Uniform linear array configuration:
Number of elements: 64
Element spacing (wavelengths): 0.75
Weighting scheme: exponential
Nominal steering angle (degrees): -45
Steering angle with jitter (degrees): -43.01
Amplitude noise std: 0.05
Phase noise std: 0.05

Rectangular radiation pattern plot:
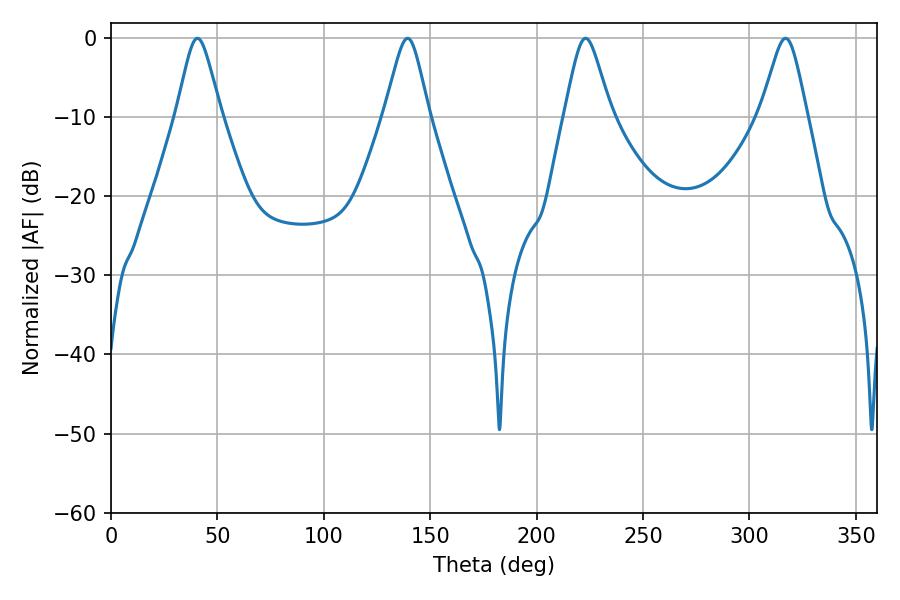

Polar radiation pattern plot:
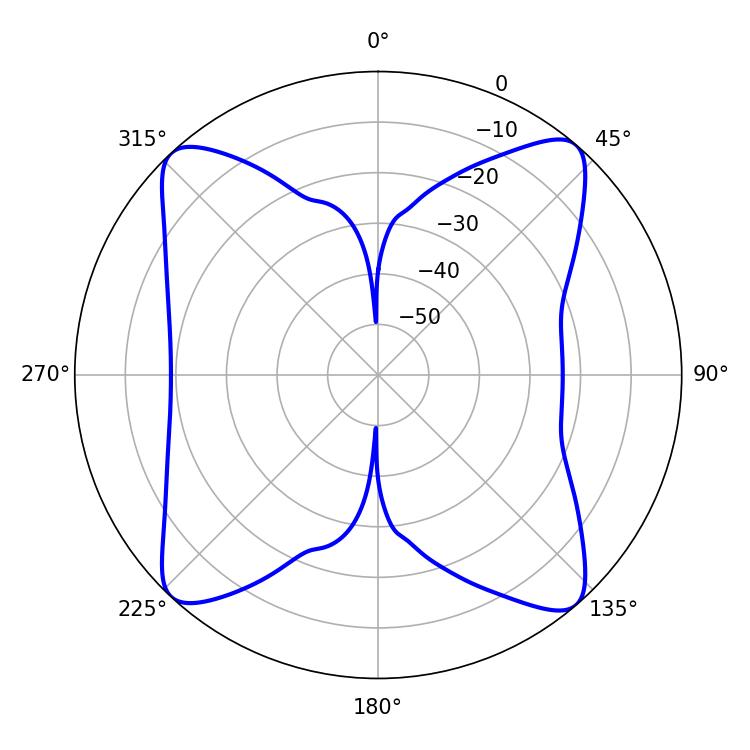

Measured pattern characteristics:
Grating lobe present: TRUE
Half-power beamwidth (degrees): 10.62
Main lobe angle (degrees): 223.02